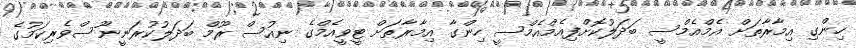
ހިންގި އިމާރާތަށް އެމްއެމްސީ ބަދަލުކޮށްފިއެމްއެމްސީ ހިންގާ އިމާރާތަށް ޓީވީއެމްގެ ނިއުސް ރޫމް ބަދަލުކުރަނީނޫސްވެރިކަމުގެ